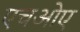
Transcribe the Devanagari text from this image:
एचओए